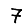
Digit: 7